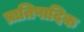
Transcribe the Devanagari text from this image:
प्रातिपादिक